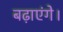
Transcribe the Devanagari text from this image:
बढ़ाएंगे।